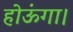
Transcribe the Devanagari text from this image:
होऊंगा।